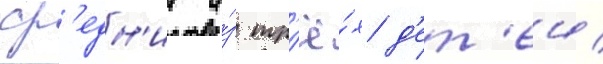
ср'едн'ии и́з тр'ё́х д'ет'еи